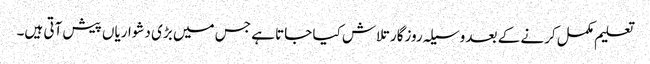
تعلیم مکمل کرنے کے بعد وسیلہ روزگار تلاش کیا جاتا ہے جس میں بڑی دشواریاں پیش آتی ہیں۔